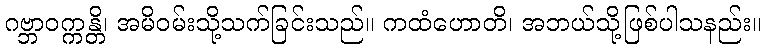
ဂဗ္ဘာဝက္ကန္တိ၊ အမိဝမ်းသို့သက်ခြင်းသည်။ ကထံဟောတိ၊ အဘယ်သို့ဖြစ်ပါသနည်း။